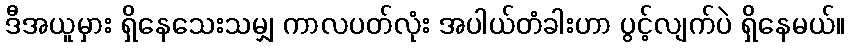
ဒီအယူမှား ရှိနေသေးသမျှ ကာလပတ်လုံး အပါယ်တံခါးဟာ ပွင့်လျက်ပဲ ရှိနေမယ်။